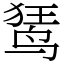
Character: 𫛭